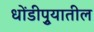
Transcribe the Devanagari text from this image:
धोंडीपुर्‍यातील